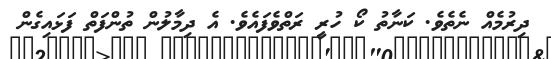
ދިރުމެއް ނެތެވެ. ކަނާތު ކޯ ހުރީ ރަތްވެފައެވެ. އެ ދިމާލުން ތުންފަތް ފަޅައިގެން